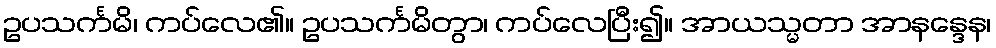
ဥပသင်္ကမိ၊ ကပ်လေ၏။ ဥပသင်္ကမိတွာ၊ ကပ်လေပြီး၍။ အာယသ္မတာ အာနန္ဒေန၊